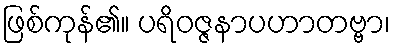
ဖြစ်ကုန်၏။ ပရိဝဇ္ဇနာပဟာတဗ္ဗာ၊